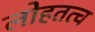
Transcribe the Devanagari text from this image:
लोहतत्व